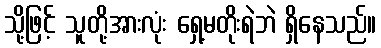
သို့ဖြင့် သူတို့အားလုံး ရှေ့မတိုးရဲဘဲ ရှိနေသည်။